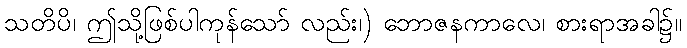
သတိပိ၊ ဤသို့ဖြစ်ပါကုန်သော် လည်း၊) ဘောဇနကာလေ၊ စားရာအခါ၌။